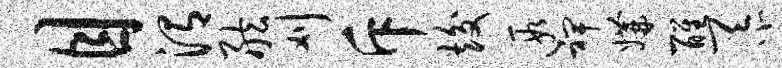
目渭舷刈斥竣遐裨媾醒忝